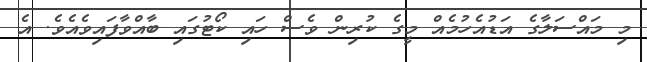
މި މައްސަލާގެ އަޑުއެހުމެއް މީގެ ކުރިން ވެސް ހައި ކޯޓުގައި ބާއްވާފައިވެއެވެ. އެ